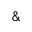
\&